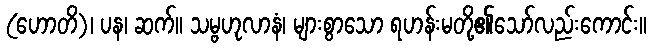
(ဟောတိ)၊ ပန၊ ဆက်။ သမ္ဗဟုလာနံ၊ များစွာသော ရဟန်းမတို့၏သော်လည်းကောင်း။